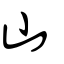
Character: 山